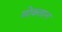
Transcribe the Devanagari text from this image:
मोक्तान